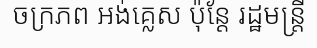
ចក្រភព អង់គ្លេស ប៉ុន្តែ រដ្ឋមន្ត្រី